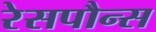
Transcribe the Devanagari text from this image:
रेसपौन्स